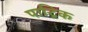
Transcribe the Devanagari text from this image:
पाट्रिक